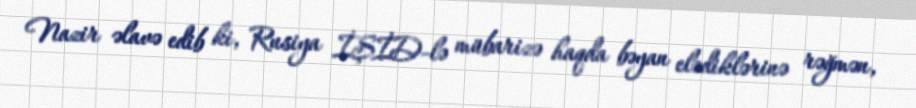
Nazir əlavə edib ki, Rusiya İŞİD-lə mübarizə haqda bəyan elədiklərinə rəğmən,